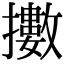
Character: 擻